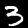
Label: 3